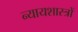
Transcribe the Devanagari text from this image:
न्यायशास्त्रों